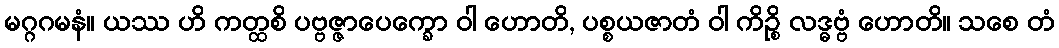
မဂ္ဂဂမနံ။ ယဿ ဟိ ကတ္ထစိ ပဗ္ဗဇ္ဇာပေက္ခော ဝါ ဟောတိ, ပစ္စယဇာတံ ဝါ ကိဉ္စိ လဒ္ဓဗ္ဗံ ဟောတိ။ သစေ တံ